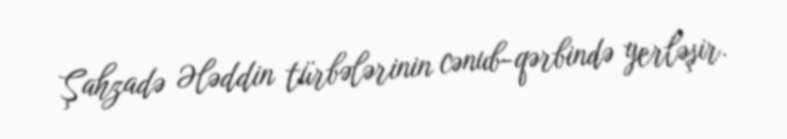
Şahzadə Ələddin türbələrinin cənub-qərbində yerləşir.